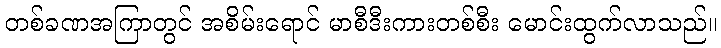
တစ်ခဏအကြာတွင် အစိမ်းရောင် မာစီဒီးကားတစ်စီး မောင်းထွက်လာသည်။